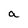
Character: a